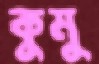
কুমু